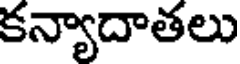
కన్యాదాతలు